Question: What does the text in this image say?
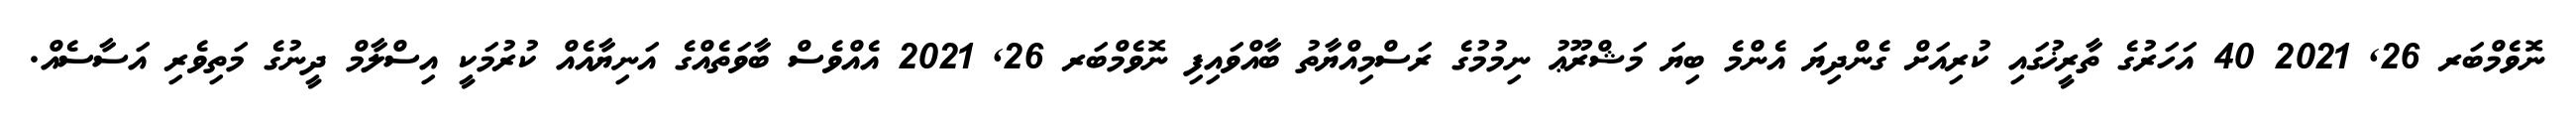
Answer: ނޮވެމްބަރ 26, 2021 40 އަހަރުގެ ތާރީޚުގައި ކުރިއަށް ގެންދިޔަ އެންމެ ބިޔަ މަޝްރޫޢު ނިމުމުގެ ރަސްމިއްޔާތު ބާއްވައިފި ނޮވެމްބަރ 26, 2021 އެއްވެސް ބާވަތެއްގެ އަނިޔާއެއް ކުރުމަކީ އިސްލާމް ދީނުގެ މަތިވެރި އަސާސެއް.